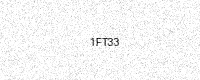
Text: 1FT33